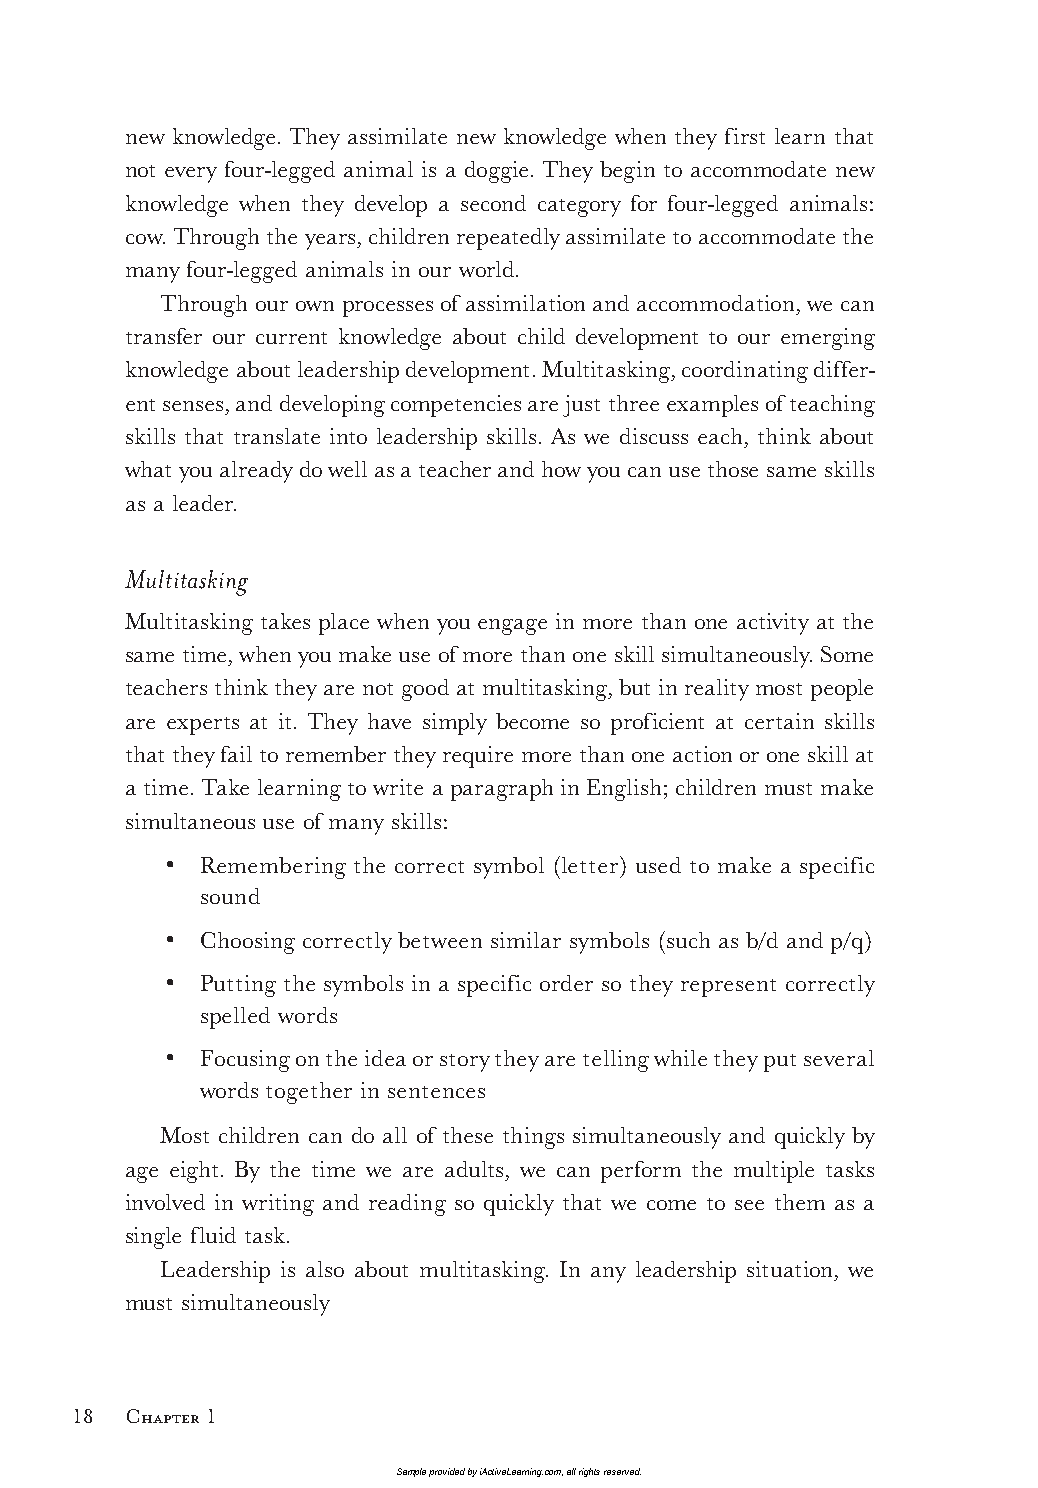
new knowledge. They assimilate new knowledge when they first learn that
 not every four-legged animal is a doggie. They begin to accommodate new
 knowledge when they develop a second category for four-legged animals:
 cow. Through the years, children repeatedly assimilate to accommodate the
 many four-legged animals in our world.
 Through our own processes of assimilation and accommodation, we can
 transfer our current knowledge about child development to our emerging
 knowledge about leadership development. Multitasking, coordinating differ-
 ent senses, and developing competencies are just three examples of teaching
 skills that translate into leadership skills. As we discuss each, think about
 what you already do well as a teacher and how you can use those same skills
 as a leader.
 Multitasking
 Multitasking takes place when you engage in more than one activity at the
 same time, when you make use of more than one skill simultaneously. Some
 teachers think they are not good at multitasking, but in reality most people
 are experts at it. They have simply become so proficient at certain skills
 that they fail to remember they require more than one action or one skill at
 a time. Take learning to write a paragraph in English; children must make
 simultaneous use of many skills:
 •  Remembering the correct symbol (letter) used to make a specific
 sound
 •  Choosing correctly between similar symbols (such as b/d and p/q)
 •  Putting the symbols in a specific order so they represent correctly
 spelled words
 •  Focusing on the idea or story they are telling while they put several
 words together in sentences
 Most children can do all of these things simultaneously and quickly by
 age eight. By the time we are adults, we can perform the multiple tasks
 involved in writing and reading so quickly that we come to see them as a
 single fluid task.
 Leadership is also about multitasking. In any leadership situation, we
 must simultaneously
 18  Chapter 1
 Sample provided by iActiveLearning.com, all rights reserved.
 LTL2_FINALpp.indd 18                                        11/4/09 3:21:09 PM